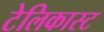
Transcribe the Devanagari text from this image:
टेलिकास्ट